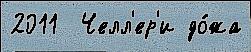
2011  Челл'ер'и до́жа